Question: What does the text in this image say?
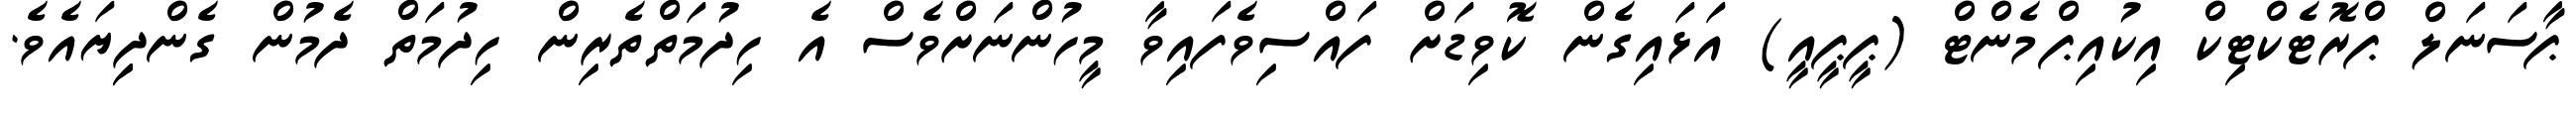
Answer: ޕާސަނަލް ޕްރޮޓެކްޓިކް އިކުއިޕްމެންޓް (ޕީޕީއީ) އަޅައިގެން ކޮވިޑަށް ފައްސިވެފައިވާ މީހުންނަށްވެސް އެ ހިދުމަތްތެރިން ހިދުމަތް ދެމުން ގެންދިިޔައެވެ.